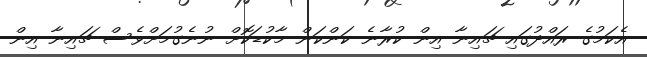
އެކަމުގެ ރައްދުގައި ޗައިނާ އިން ކުރާނެ ކަންކަން މާކުޑަކޮށް ނުނެގުމަށްވެސް ޗައިނާ އިން